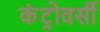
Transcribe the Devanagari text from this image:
कंट्रोवर्सी